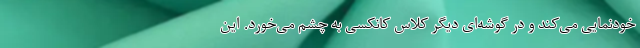
خودنمایی می‌کند و در گوشه‌ای دیگر کلاس کانکسی به چشم می‌خورد. این